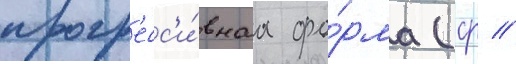
прогр'есс'и́внаа фо́рма (ср //